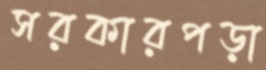
সরকারপড়া